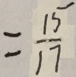
= \frac { 1 5 } { 1 7 }